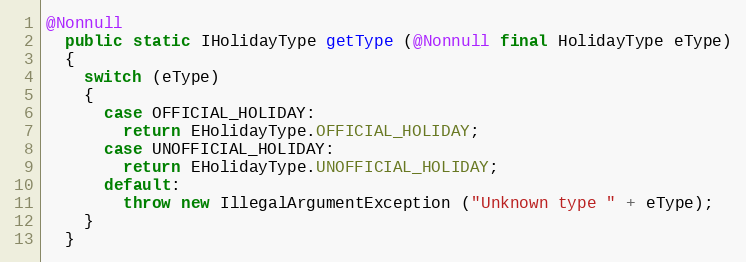
Language: Java
@Nonnull
  public static IHolidayType getType (@Nonnull final HolidayType eType)
  {
    switch (eType)
    {
      case OFFICIAL_HOLIDAY:
        return EHolidayType.OFFICIAL_HOLIDAY;
      case UNOFFICIAL_HOLIDAY:
        return EHolidayType.UNOFFICIAL_HOLIDAY;
      default:
        throw new IllegalArgumentException ("Unknown type " + eType);
    }
  }